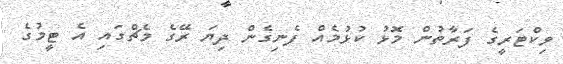
ވިކްޓަރީގެ ފަރާތުން މޮޅު ކުޅުމެއް ފެނިގެން ދިޔަ ރޭގެ މެޗްގައި އެ ޓީމުގެ